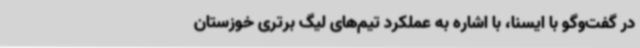
در گفت‌وگو با ایسنا، با اشاره به عملکرد تیم‌های لیگ برتری خوزستان